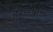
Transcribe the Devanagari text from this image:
हैरसेवरिग